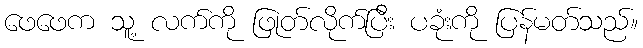
ဖေဖေက သူ့ လက်ကို ဖြုတ်လိုက်ပြီး ပခုံးကို ပြန်မတ်သည်။